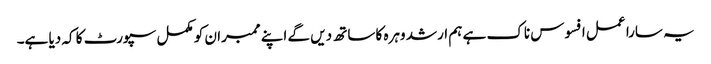
یہ سارا عمل افسوس ناک ہے ہم ارشد وہرہ کا ساتھ دیں گے اپنے ممبران کو مکمل سپورٹ کا کہ دیا ہے۔